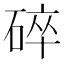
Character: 碎